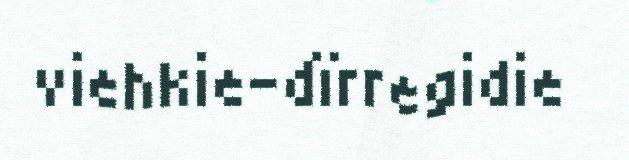
viehkie-dïrregidie